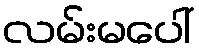
လမ်းမပေါ်